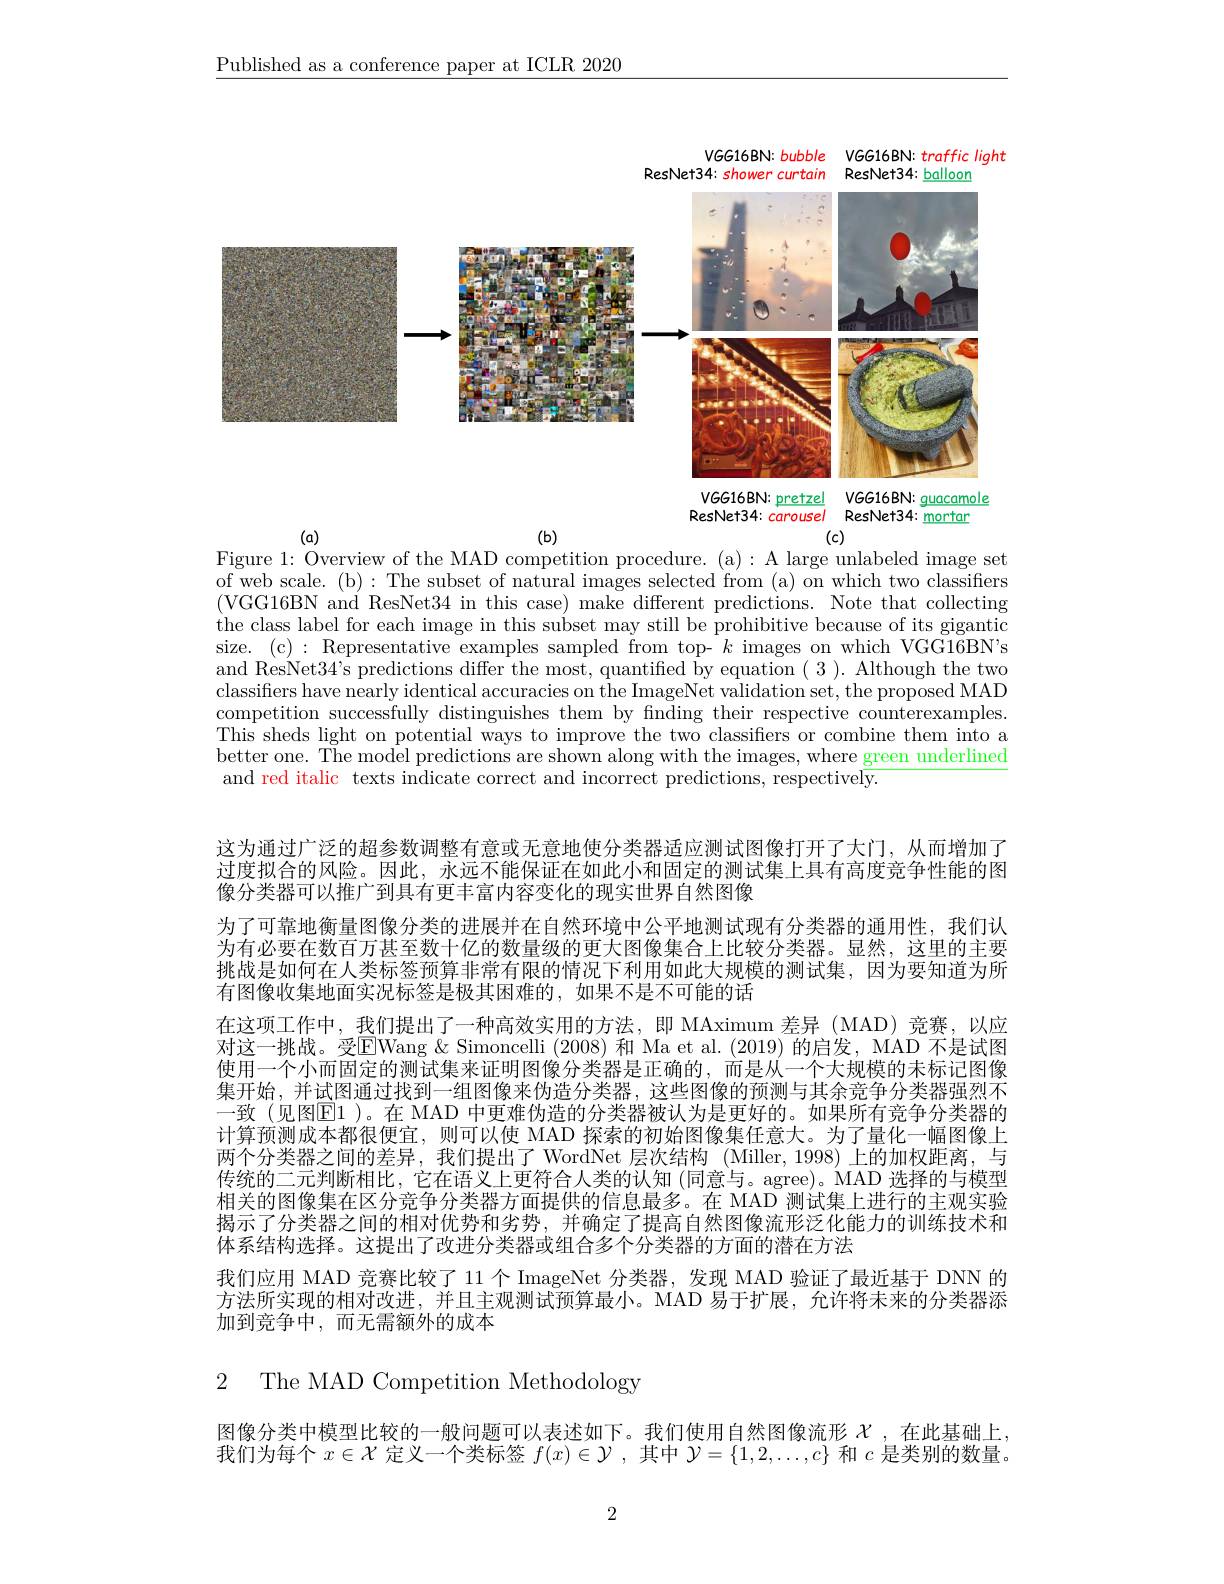
$\underline{\text{Published as a conference paper at ICLR 2020}}$

<FigureHere>
ResNet34: carousel ResNet34: mortar

$(b)$
$(a)$
$(c)$
Figure 1: Overview of the MAD competition procedure. (a): A large unlabeled image set of web scale. (b): The subset of natural images selected from (a) on which two classifiers (VGG16BN and ResNet34 in this case) make different predictions. Note that collecting the class label for each image in this subset may still be prohibitive because of its gigantic size. (c): Representative examples sampled from top- $k$ images on which VGG16BN's and ResNet34's predictions differ the most, quantified by equation ( 3). Although the two classifiers have nearly identical accuracies on the ImageNet validation set, the proposed MAD competition successfully distinguishes them by finding their respective counterexamples. This sheds light on potential ways to improve the two classifiers or combine them into a better one. The model predictions are shown along with the images, where green underlined and red italic texts indicate correct and incorrect predictions, respectively.

这为通过广泛的超参数调整有意或无意地使分类器适应测试图像打开了大门，从而增加了过度拟合的风险。因此，永远不能保证在如此小和固定的测试集上具有高度竞争性能的图像分类器可以推广到具有更丰富内容变化的现实世界自然图像
为了可靠地衡量图像分类的进展并在自然环境中公平地测试现有分类器的通用性，我们认为有必要在数百万甚至数十亿的数量级的更大图像集合上比较分类器。显然，这里的主要挑战是如何在人类标签预算非常有限的情况下利用如此大规模的测试集，因为要知道为所有图像收集地面实况标签是极其困难的，如果不是不可能的话
在这项工作中，我们提出了一种高效实用的方法，即 MAximum 差异 (MAD) 竞赛，以应对这一挑战。受$\underline{\mathrm{E}}$Wang &Simoncelli (2008) 和 Ma et al. (2019) 的启发，MAD 不是试图使用一个小而固定的测试集来证明图像分类器是正确的，而是从一个大规模的未标记图像集开始，并试图通过找到一组图像来伪造分类器，这些图像的预测与其余竞争分类器强烈不一致 (见图$\mathbb{E}$1 )。在 MAD 中更难伪造的分类器被认为是更好的。如果所有竞争分类器的计算预测成本都很便宜，则可以使 MAD 探索的初始图像集任意大。为了量化一幅图像上两个分类器之间的差异，我们提出了 WordNet 层次结构 (Miller,1998)上的加权距离，与传统的二元判断相比，它在语义上更符合人类的认知 (同意与。agree)。MAD 选择的与模型相关的图像集在区分竞争分类器方面提供的信息最多。在 MAD 测试集上进行的主观实验揭示了分类器之间的相对优势和劣势，并确定了提高自然图像流形泛化能力的训练技术和体系结构选择。这提出了改进分类器或组合多个分类器的方面的潜在方法
我们应用 MAD 竞赛比较了 11 个 ImageNet 分类器，发现 MAD 验证了最近基于 DNN 的方法所实现的相对改进，并且主观测试预算最小。MAD 易于扩展，允许将未来的分类器添加到竞争中，而无需额外的成本

## 2 The MAD Competition Methodology

图像分类中模型比较的一般问题可以表述如下。我们使用自然图像流形$\chi$ ,在此基础上我们为每个$x\in\mathcal{X}$定义一个类标签$f(x)\in\mathcal{Y}$,其中$\mathcal{Y}=\{1,2,\ldots,c\}$和$c$是类别的数量。

2